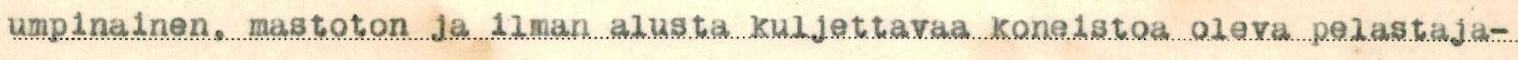
umpinainen, mastoton ja ilman alusta kuljettavaa koneistoa oleva pelastaja-